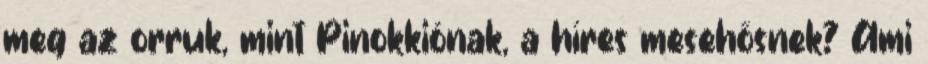
meg az orruk, mint Pinokkiónak, a híres mesehősnek? Ami